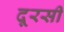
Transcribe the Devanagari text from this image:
दूरसी